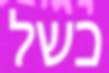
כשל